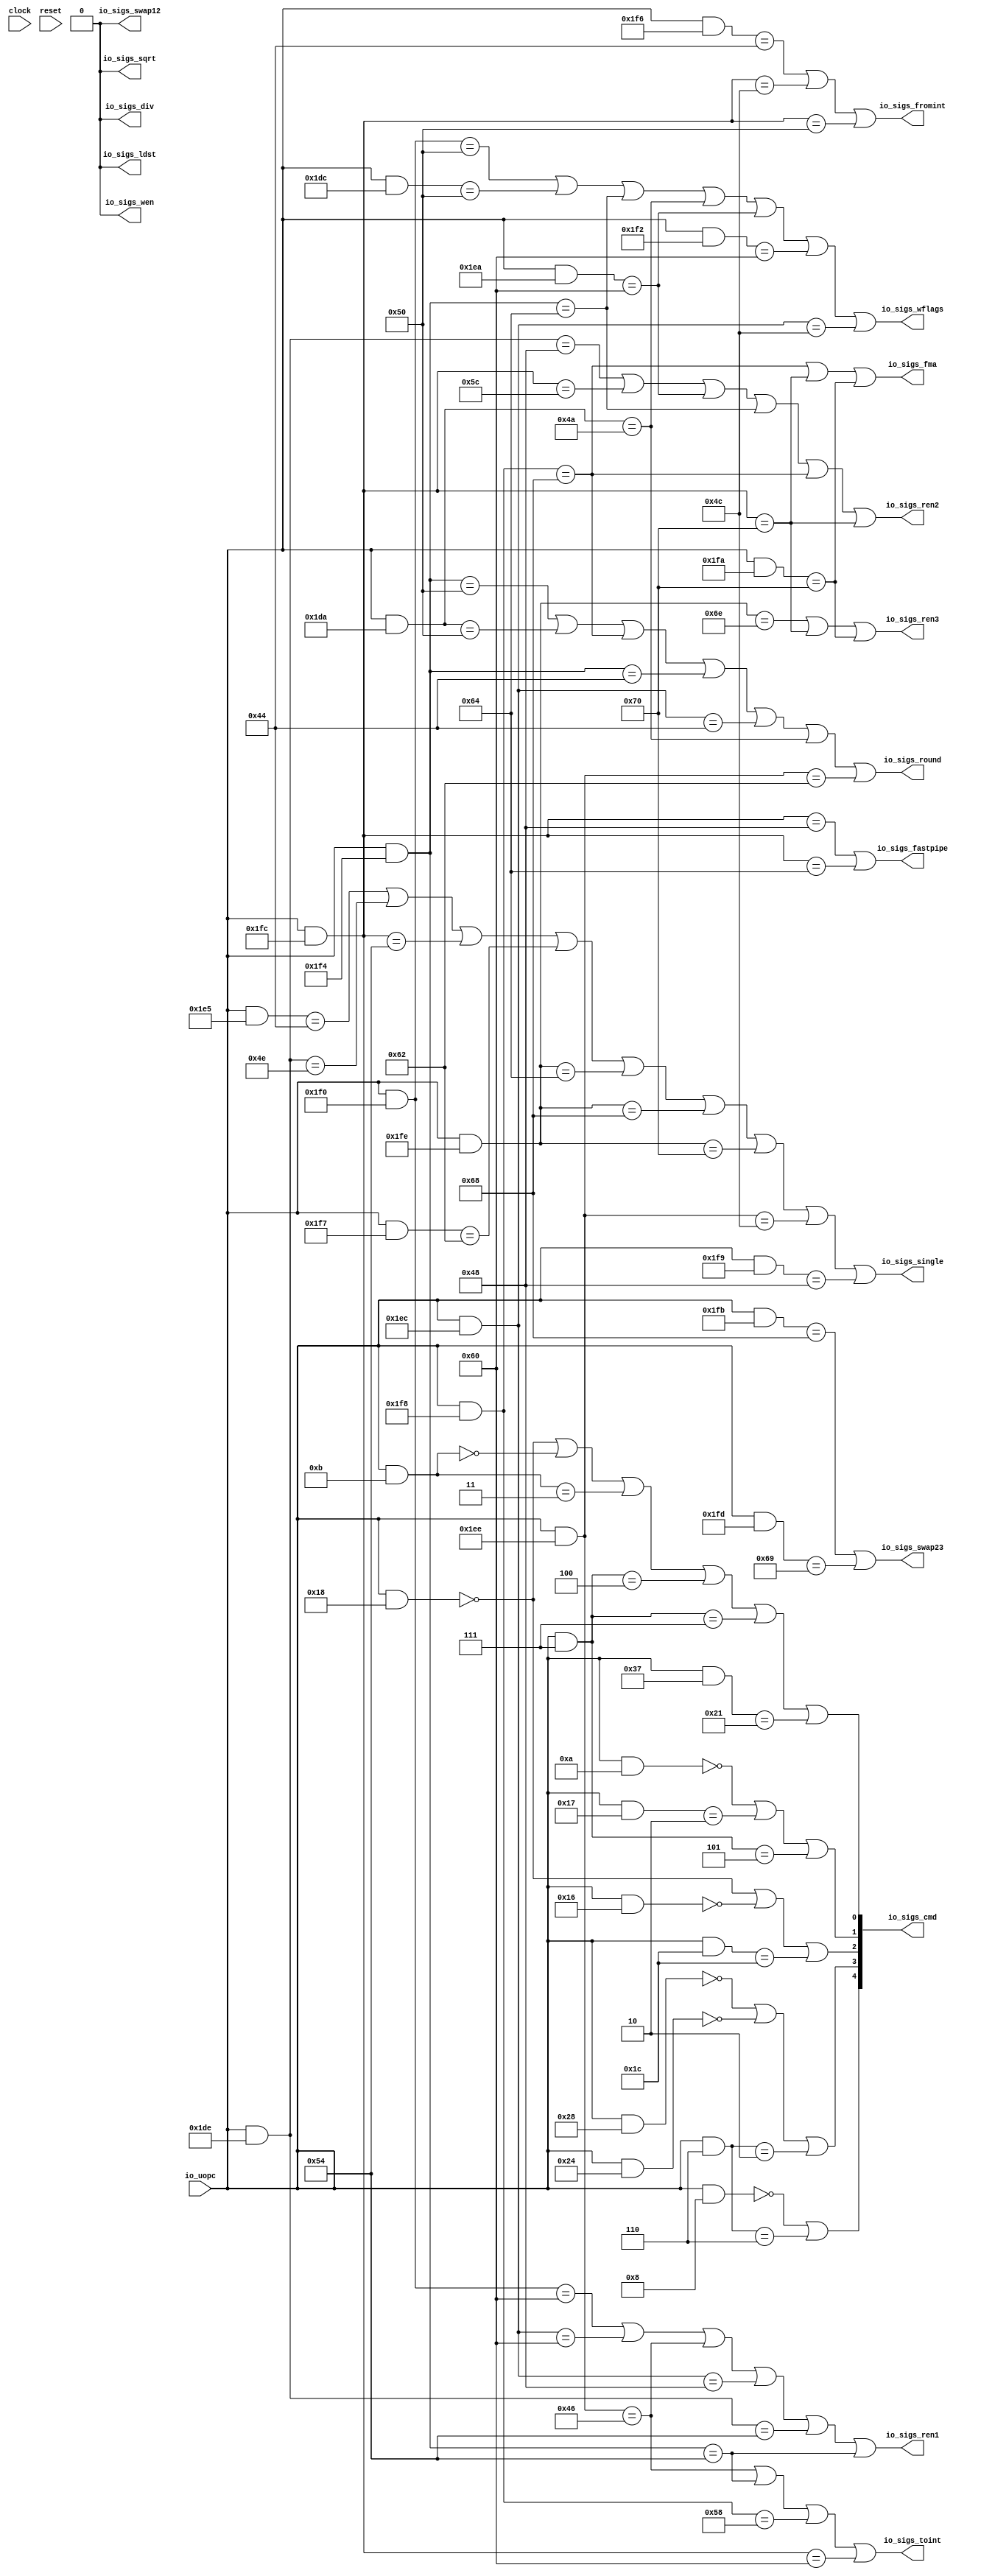
module UOPCodeFPUDecoder(
  input   clock,
  input   reset,
  input  [8:0] io_uopc,
  output [4:0] io_sigs_cmd,
  output  io_sigs_ldst,
  output  io_sigs_wen,
  output  io_sigs_ren1,
  output  io_sigs_ren2,
  output  io_sigs_ren3,
  output  io_sigs_swap12,
  output  io_sigs_swap23,
  output  io_sigs_single,
  output  io_sigs_fromint,
  output  io_sigs_toint,
  output  io_sigs_fastpipe,
  output  io_sigs_fma,
  output  io_sigs_div,
  output  io_sigs_sqrt,
  output  io_sigs_round,
  output  io_sigs_wflags
);
  wire [8:0] _T_23;
  wire  _T_25;
  wire [8:0] _T_27;
  wire  _T_29;
  wire  _T_33;
  wire [8:0] _T_35;
  wire  _T_37;
  wire  _T_41;
  wire [8:0] _T_43;
  wire  _T_45;
  wire  _T_48;
  wire  _T_49;
  wire  _T_50;
  wire  _T_51;
  wire  _T_52;
  wire [8:0] _T_54;
  wire  _T_56;
  wire [8:0] _T_58;
  wire  _T_60;
  wire  _T_64;
  wire  _T_67;
  wire  _T_68;
  wire [8:0] _T_70;
  wire  _T_72;
  wire [8:0] _T_74;
  wire  _T_76;
  wire  _T_79;
  wire  _T_80;
  wire [8:0] _T_82;
  wire  _T_84;
  wire [8:0] _T_86;
  wire  _T_88;
  wire [8:0] _T_90;
  wire  _T_92;
  wire  _T_95;
  wire  _T_96;
  wire [8:0] _T_98;
  wire  _T_100;
  wire  _T_104;
  wire  _T_107;
  wire [1:0] _T_108;
  wire [1:0] _T_109;
  wire [2:0] _T_110;
  wire [4:0] decoder_0;
  wire [8:0] _T_112;
  wire  _T_114;
  wire [8:0] _T_116;
  wire  _T_118;
  wire [8:0] _T_120;
  wire  _T_122;
  wire  _T_126;
  wire [8:0] _T_128;
  wire  _T_130;
  wire [8:0] _T_132;
  wire  _T_134;
  wire  _T_137;
  wire  _T_138;
  wire  _T_139;
  wire  _T_140;
  wire  decoder_3;
  wire  _T_144;
  wire [8:0] _T_146;
  wire  _T_148;
  wire [8:0] _T_150;
  wire  _T_152;
  wire  _T_156;
  wire [8:0] _T_158;
  wire  _T_160;
  wire  _T_164;
  wire  _T_167;
  wire  _T_168;
  wire  _T_169;
  wire  _T_170;
  wire  decoder_4;
  wire [8:0] _T_172;
  wire  _T_174;
  wire [8:0] _T_176;
  wire  _T_178;
  wire  _T_181;
  wire  decoder_5;
  wire [8:0] _T_183;
  wire  _T_185;
  wire [8:0] _T_187;
  wire  _T_189;
  wire  decoder_7;
  wire [8:0] _T_193;
  wire  _T_195;
  wire  _T_199;
  wire  _T_203;
  wire [8:0] _T_205;
  wire  _T_207;
  wire  _T_211;
  wire  _T_215;
  wire  _T_219;
  wire  _T_223;
  wire [8:0] _T_225;
  wire  _T_227;
  wire  _T_230;
  wire  _T_231;
  wire  _T_232;
  wire  _T_233;
  wire  _T_234;
  wire  _T_235;
  wire  _T_236;
  wire  decoder_8;
  wire [8:0] _T_238;
  wire  _T_240;
  wire  _T_244;
  wire  _T_248;
  wire  _T_251;
  wire  decoder_9;
  wire  _T_255;
  wire  _T_259;
  wire  _T_262;
  wire  _T_263;
  wire  decoder_10;
  wire  _T_267;
  wire  _T_271;
  wire  decoder_11;
  wire  _T_276;
  wire  decoder_12;
  wire  _T_280;
  wire [8:0] _T_282;
  wire  _T_284;
  wire  _T_288;
  wire  _T_292;
  wire  _T_296;
  wire  _T_300;
  wire  _T_303;
  wire  _T_304;
  wire  _T_305;
  wire  _T_306;
  wire  _T_307;
  wire  decoder_15;
  wire  _T_311;
  wire [8:0] _T_313;
  wire  _T_315;
  wire [8:0] _T_317;
  wire  _T_319;
  wire  _T_323;
  wire  _T_326;
  wire  _T_327;
  wire  _T_328;
  wire  _T_329;
  wire  _T_330;
  wire  decoder_16;
  assign io_sigs_cmd = decoder_0;
  assign io_sigs_ldst = 1'h0;
  assign io_sigs_wen = 1'h0;
  assign io_sigs_ren1 = decoder_3;
  assign io_sigs_ren2 = decoder_4;
  assign io_sigs_ren3 = decoder_5;
  assign io_sigs_swap12 = 1'h0;
  assign io_sigs_swap23 = decoder_7;
  assign io_sigs_single = decoder_8;
  assign io_sigs_fromint = decoder_9;
  assign io_sigs_toint = decoder_10;
  assign io_sigs_fastpipe = decoder_11;
  assign io_sigs_fma = decoder_12;
  assign io_sigs_div = 1'h0;
  assign io_sigs_sqrt = 1'h0;
  assign io_sigs_round = decoder_15;
  assign io_sigs_wflags = decoder_16;
  assign _T_23 = io_uopc & 9'h18;
  assign _T_25 = _T_23 == 9'h0;
  assign _T_27 = io_uopc & 9'hb;
  assign _T_29 = _T_27 == 9'h0;
  assign _T_33 = _T_27 == 9'h3;
  assign _T_35 = io_uopc & 9'h7;
  assign _T_37 = _T_35 == 9'h4;
  assign _T_41 = _T_35 == 9'h7;
  assign _T_43 = io_uopc & 9'h37;
  assign _T_45 = _T_43 == 9'h21;
  assign _T_48 = _T_25 | _T_29;
  assign _T_49 = _T_48 | _T_33;
  assign _T_50 = _T_49 | _T_37;
  assign _T_51 = _T_50 | _T_41;
  assign _T_52 = _T_51 | _T_45;
  assign _T_54 = io_uopc & 9'ha;
  assign _T_56 = _T_54 == 9'h0;
  assign _T_58 = io_uopc & 9'h17;
  assign _T_60 = _T_58 == 9'h2;
  assign _T_64 = _T_35 == 9'h5;
  assign _T_67 = _T_56 | _T_60;
  assign _T_68 = _T_67 | _T_64;
  assign _T_70 = io_uopc & 9'h16;
  assign _T_72 = _T_70 == 9'h0;
  assign _T_74 = io_uopc & 9'h1c;
  assign _T_76 = _T_74 == 9'h1c;
  assign _T_79 = _T_25 | _T_72;
  assign _T_80 = _T_79 | _T_76;
  assign _T_82 = io_uopc & 9'h28;
  assign _T_84 = _T_82 == 9'h0;
  assign _T_86 = io_uopc & 9'h24;
  assign _T_88 = _T_86 == 9'h0;
  assign _T_90 = io_uopc & 9'h6;
  assign _T_92 = _T_90 == 9'h2;
  assign _T_95 = _T_84 | _T_88;
  assign _T_96 = _T_95 | _T_92;
  assign _T_98 = io_uopc & 9'h8;
  assign _T_100 = _T_98 == 9'h0;
  assign _T_104 = _T_90 == 9'h6;
  assign _T_107 = _T_100 | _T_104;
  assign _T_108 = {_T_68,_T_52};
  assign _T_109 = {_T_107,_T_96};
  assign _T_110 = {_T_109,_T_80};
  assign decoder_0 = {_T_110,_T_108};
  assign _T_112 = io_uopc & 9'h1f0;
  assign _T_114 = _T_112 == 9'h60;
  assign _T_116 = io_uopc & 9'h1ec;
  assign _T_118 = _T_116 == 9'h60;
  assign _T_120 = io_uopc & 9'h1ee;
  assign _T_122 = _T_120 == 9'h46;
  assign _T_126 = _T_116 == 9'h48;
  assign _T_128 = io_uopc & 9'h1de;
  assign _T_130 = _T_128 == 9'h54;
  assign _T_132 = io_uopc & 9'h1f4;
  assign _T_134 = _T_132 == 9'h54;
  assign _T_137 = _T_114 | _T_118;
  assign _T_138 = _T_137 | _T_122;
  assign _T_139 = _T_138 | _T_126;
  assign _T_140 = _T_139 | _T_130;
  assign decoder_3 = _T_140 | _T_134;
  assign _T_144 = _T_128 == 9'h48;
  assign _T_146 = io_uopc & 9'h1fc;
  assign _T_148 = _T_146 == 9'h5c;
  assign _T_150 = io_uopc & 9'h1ea;
  assign _T_152 = _T_150 == 9'h60;
  assign _T_156 = _T_132 == 9'h64;
  assign _T_158 = io_uopc & 9'h1f8;
  assign _T_160 = _T_158 == 9'h68;
  assign _T_164 = _T_146 == 9'h70;
  assign _T_167 = _T_144 | _T_148;
  assign _T_168 = _T_167 | _T_152;
  assign _T_169 = _T_168 | _T_156;
  assign _T_170 = _T_169 | _T_160;
  assign decoder_4 = _T_170 | _T_164;
  assign _T_172 = io_uopc & 9'h1fe;
  assign _T_174 = _T_172 == 9'h6e;
  assign _T_176 = io_uopc & 9'h1fa;
  assign _T_178 = _T_176 == 9'h70;
  assign _T_181 = _T_174 | _T_164;
  assign decoder_5 = _T_181 | _T_178;
  assign _T_183 = io_uopc & 9'h1fb;
  assign _T_185 = _T_183 == 9'h68;
  assign _T_187 = io_uopc & 9'h1fd;
  assign _T_189 = _T_187 == 9'h69;
  assign decoder_7 = _T_185 | _T_189;
  assign _T_193 = io_uopc & 9'h1e5;
  assign _T_195 = _T_193 == 9'h44;
  assign _T_199 = _T_128 == 9'h4e;
  assign _T_203 = _T_146 == 9'h54;
  assign _T_205 = io_uopc & 9'h1f7;
  assign _T_207 = _T_205 == 9'h62;
  assign _T_211 = _T_172 == 9'h64;
  assign _T_215 = _T_172 == 9'h68;
  assign _T_219 = _T_172 == 9'h70;
  assign _T_223 = _T_120 == 9'h4c;
  assign _T_225 = io_uopc & 9'h1f9;
  assign _T_227 = _T_225 == 9'h48;
  assign _T_230 = _T_195 | _T_199;
  assign _T_231 = _T_230 | _T_203;
  assign _T_232 = _T_231 | _T_207;
  assign _T_233 = _T_232 | _T_211;
  assign _T_234 = _T_233 | _T_215;
  assign _T_235 = _T_234 | _T_219;
  assign _T_236 = _T_235 | _T_223;
  assign decoder_8 = _T_236 | _T_227;
  assign _T_238 = io_uopc & 9'h1f6;
  assign _T_240 = _T_238 == 9'h44;
  assign _T_244 = _T_146 == 9'h4c;
  assign _T_248 = _T_146 == 9'h50;
  assign _T_251 = _T_240 | _T_244;
  assign decoder_9 = _T_251 | _T_248;
  assign _T_255 = _T_158 == 9'h58;
  assign _T_259 = _T_146 == 9'h60;
  assign _T_262 = _T_122 | _T_134;
  assign _T_263 = _T_262 | _T_255;
  assign decoder_10 = _T_263 | _T_259;
  assign _T_267 = _T_146 == 9'h48;
  assign _T_271 = _T_146 == 9'h64;
  assign decoder_11 = _T_267 | _T_271;
  assign _T_276 = _T_160 | _T_164;
  assign decoder_12 = _T_276 | _T_178;
  assign _T_280 = _T_132 == 9'h50;
  assign _T_282 = io_uopc & 9'h1da;
  assign _T_284 = _T_282 == 9'h50;
  assign _T_288 = _T_132 == 9'h44;
  assign _T_292 = _T_116 == 9'h44;
  assign _T_296 = _T_282 == 9'h4a;
  assign _T_300 = _T_120 == 9'h62;
  assign _T_303 = _T_280 | _T_284;
  assign _T_304 = _T_303 | _T_160;
  assign _T_305 = _T_304 | _T_288;
  assign _T_306 = _T_305 | _T_292;
  assign _T_307 = _T_306 | _T_296;
  assign decoder_15 = _T_307 | _T_300;
  assign _T_311 = _T_112 == 9'h50;
  assign _T_313 = io_uopc & 9'h1dc;
  assign _T_315 = _T_313 == 9'h50;
  assign _T_317 = io_uopc & 9'h1f2;
  assign _T_319 = _T_317 == 9'h60;
  assign _T_323 = _T_116 == 9'h4c;
  assign _T_326 = _T_311 | _T_315;
  assign _T_327 = _T_326 | _T_156;
  assign _T_328 = _T_327 | _T_296;
  assign _T_329 = _T_328 | _T_152;
  assign _T_330 = _T_329 | _T_319;
  assign decoder_16 = _T_330 | _T_323;
endmodule